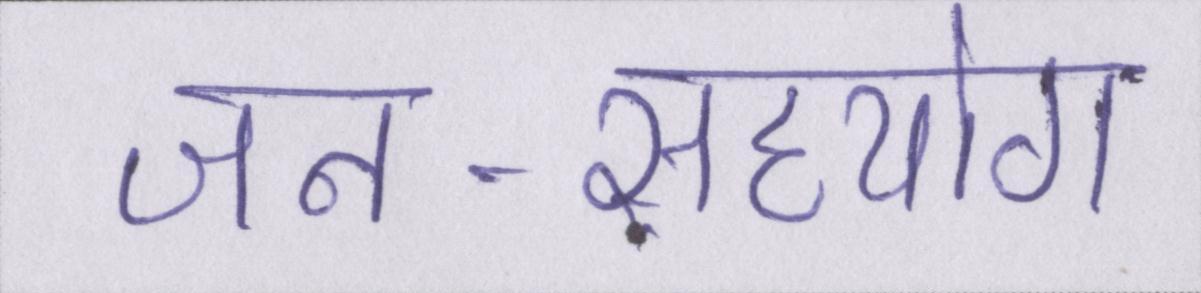
जन-सहयोग